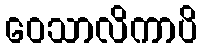
ဝေသာလိကာပိ